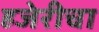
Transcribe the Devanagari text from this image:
हजेरीचा